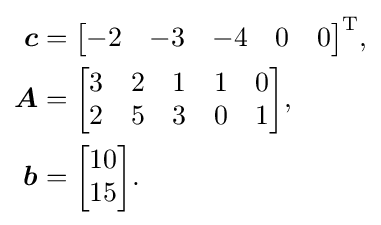
{\begin{aligned}{\boldsymbol {c}}&={\begin{bmatrix}-2&-3&-4&0&0\end{bmatrix}}^{\mathrm {T} },\\{\boldsymbol {A}}&={\begin{bmatrix}3&2&1&1&0\\2&5&3&0&1\end{bmatrix}},\\{\boldsymbol {b}}&={\begin{bmatrix}10\\15\end{bmatrix}}.\end{aligned}}